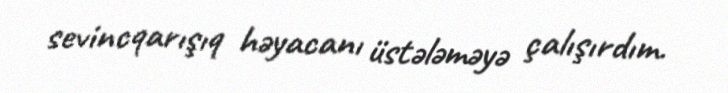
sevincqarışıq həyacanı üstələməyə çalışırdım.